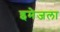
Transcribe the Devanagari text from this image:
इमेजला